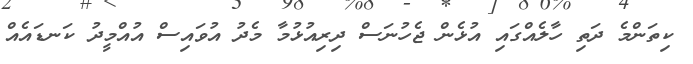
ކިތަންމެ ދަތި ހާލެއްގައި އުޅެން ޖެހުނަސް ދިރިއުޅުމާ މެދު އުވައިސް އުއްމީދު ކަނޑައެއް